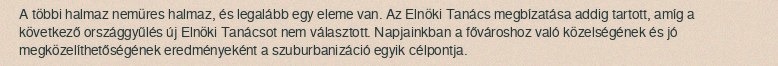
A többi halmaz nemüres halmaz, és legalább egy eleme van. Az Elnöki Tanács megbízatása addig tartott, amíg a következő országgyűlés új Elnöki Tanácsot nem választott. Napjainkban a fővároshoz való közelségének és jó megközelíthetőségének eredményeként a szuburbanizáció egyik célpontja.